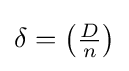
\delta =\left({\tfrac {D}{n}}\right)